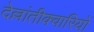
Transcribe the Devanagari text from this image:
देल्लांतीक्वारियों